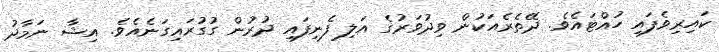
ކައިރިވެފައި ހުއްޓައެވެ. ދޭތެރެއަކުން ވިދުވަރުގެ އަލި ފެނިފައި ދުރުން ގުގުރައިގަނެއެވެ. އިޝާ ނަމާދު